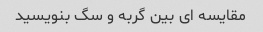
مقایسه ای بین گربه و سگ بنویسید